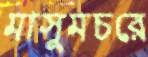
মাসুমচরে